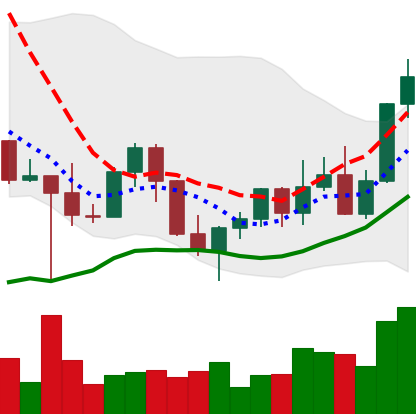
Ticker: LINK-USD
Chart end date: 2022-10-30
Forward return: 12.241%
Label: up_7plus